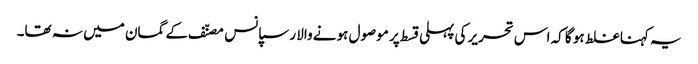
یہ کہنا غلط ہو گا کہ اس تحریر کی پہلی قسط پر موصول ہونے والا رسپانس مصنّف کے گمان میں نہ تھا۔